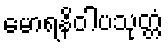
မောရနိဝါပသုတ္တံ